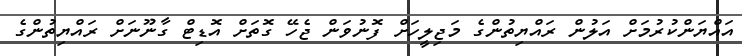
އައްޔަންކުރުމަށް އަލުން ރައްޔިތުންގެ މަޖިލީހަށް ފޮނުވަން ޖެހޭ ގޮތަށް އޮޑިޓް ގާނޫނަށް ރައްޔިތުންގެ